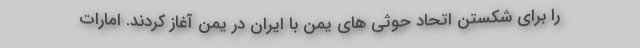
را برای شکستن اتحاد حوثی های یمن با ایران در یمن آغاز کردند. امارات